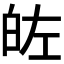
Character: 𭽐